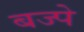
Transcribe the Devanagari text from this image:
बज्पे